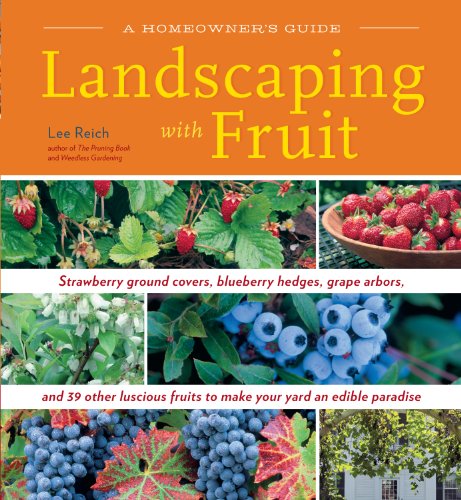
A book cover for Landscaping With Fruit: Strawberry ground covers, blueberry hedges, grape arbors, and 39 other luscious fruits to make your yard an edible paradise. (A Homeowners Guide); Lee Reich; Crafts, Hobbies & Home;